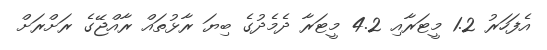
އެފަހަރު 1.2 މީޓަރާއި 4.2 މީޓަރާ ދެމެދުގެ ބިޔަ ރާޅުތައް ރާއްޖޭގެ ރަށްރަށް